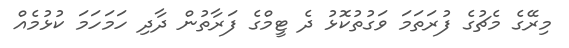
މިރޭގެ މެޗުގެ ފުރަތަމަ ވަގުތުކޮޅު ދެ ޓީމްގެ ފަރާތުން ދާދި ހަމަހަމަ ކުޅުމެއް